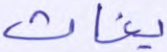
يغاث